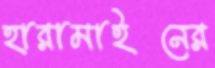
হারামাইনের